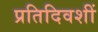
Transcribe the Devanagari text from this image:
प्रतिदिवशीं